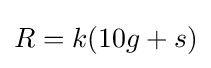
R=k(10g+s)